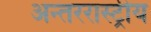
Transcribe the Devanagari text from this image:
अन्तररास्ट्रीय